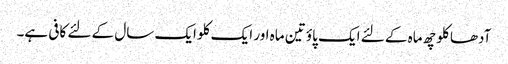
آدھا کلو چھ ماہ کے لئے ایک پاؤ تین ماہ اور ایک کلو ایک سال کے لئے کافی ہے۔